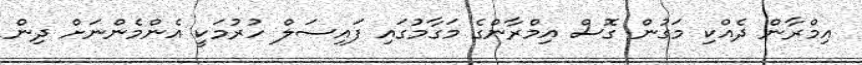
އިމްރާން ދެއްކި މަގުން ގޮސް އިމްރާންގެ މަގާމުގައި ފައިސަލް ހުރުމަކީ އެންމެންނަށް ދިން